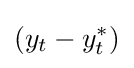
(y_{t}-y_{t}^{*})